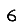
Digit: 6